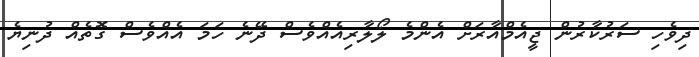
ދިވެހި ސަރުކާރުން ޖީއެމްއާރަށް އެންމެ ލޯލާރިއެއްވެސް ދޭނެ ހަމަ އެއްވެސް ގޮތެއް ދުނިޔެ